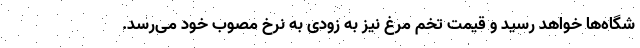
شگاه‌ها خواهد رسید و قیمت تخم مرغ نیز به زودی به نرخ مصوب خود می‌رسد.